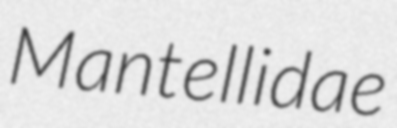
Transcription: Mantellidae